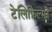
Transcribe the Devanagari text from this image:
टेलिफ़िल्मों